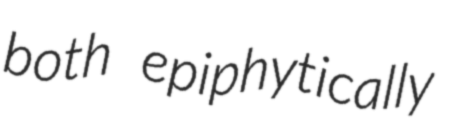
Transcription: both epiphytically